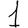
Digit: 1